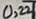
Text: 0,22